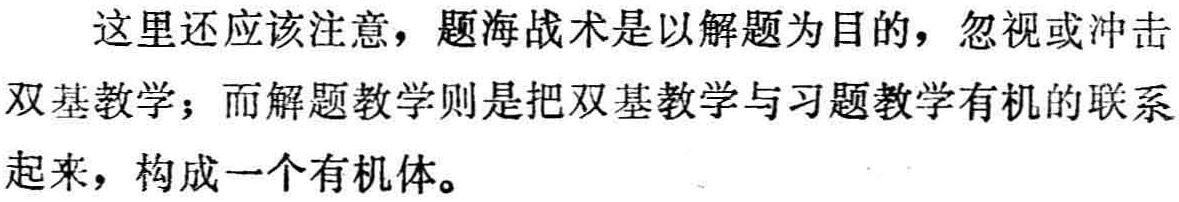
这里还应该注意，题海战术是以解题为目的，忽视或冲击双基教学；而解题教学则是把双基教学与习题教学有机的联系起来，构成一个有机体。